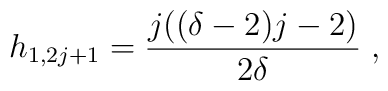
h_{1,2j+1}=\frac{j((\delta-2)j-2)}{2\delta}\;,